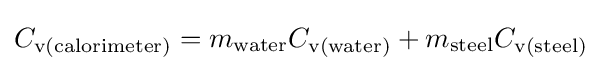
C_{\text{v(calorimeter)}}=m_{\text{water}}C_{\text{v(water)}}+m_{\text{steel}}C_{\text{v(steel)}}